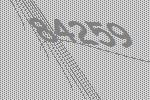
84259